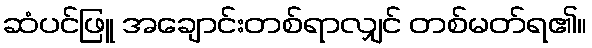
ဆံပင်ဖြူ အချောင်းတစ်ရာလျှင် တစ်မတ်ရ၏။